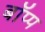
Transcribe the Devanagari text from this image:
बॉप्प